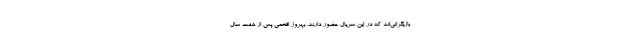
بازیگرانی‌اند که در این سریال حضور دارند. بهروز افخمی پس از هفت سال